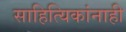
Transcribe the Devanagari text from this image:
साहित्यिकांनाही